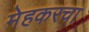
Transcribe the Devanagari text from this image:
मेहकरचा